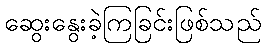
ဆွေးနွေးခဲ့ကြခြင်းဖြစ်သည်